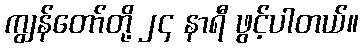
ကျွန်တော်တို့ ၂၄ နာရီ ဖွင့်ပါတယ်။